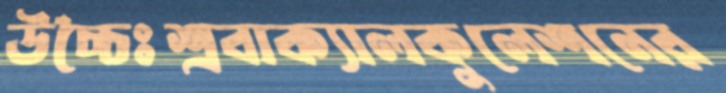
উচ্চৈঃশ্রবাক্যালকুলেশনের